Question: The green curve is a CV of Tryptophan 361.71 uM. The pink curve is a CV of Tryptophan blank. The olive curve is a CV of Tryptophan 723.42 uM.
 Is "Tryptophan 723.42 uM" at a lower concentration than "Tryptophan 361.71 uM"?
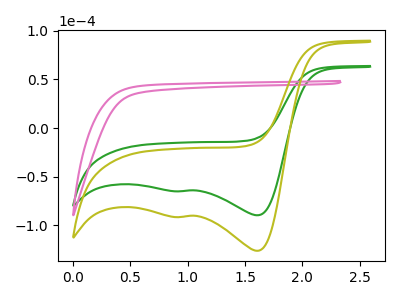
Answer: <think>The green curve "Tryptophan 361.71 uM" has cathodic peaks at (1.60V, -89.60uA) (0.95V, -64.95uA). The pink curve "Tryptophan blank" has no peaks. The olive curve "Tryptophan 723.42 uM" has cathodic peaks at (1.60V, -126.10uA) (0.95V, -91.40uA).
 All the peaks in "Tryptophan 361.71 uM" have a peak in "Tryptophan 723.42 uM" at the same potential. Every peak in "Tryptophan 361.71 uM" is lower than every peak in "Tryptophan 723.42 uM".</think>
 <answer>"Tryptophan 361.71 uM" has less signal than "Tryptophan 723.42 uM" and so likely has a lower concentration.</answer>
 <eval>less_concentration</eval>